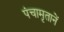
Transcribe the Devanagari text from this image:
पंचामृतानें